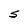
Character: S